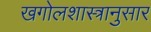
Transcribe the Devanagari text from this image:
खगोलशास्त्रानुसार